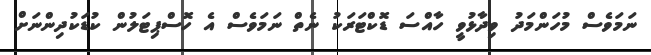
ނަމަވެސް މުހަންމަދު ވިދާޅުވީ ހާއްސަ ޑޮކްޓަރަކު ނެތް ނަމަވެސް އެ ހޮސްޕިޓަލުން ކުޑަކުދިންނަށް